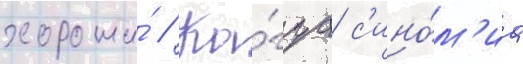
хороши́ // Ка́гуа с'ино́м'иа